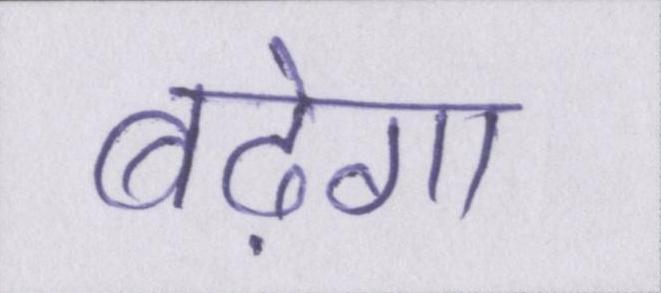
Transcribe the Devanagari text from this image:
बढ़ेगा